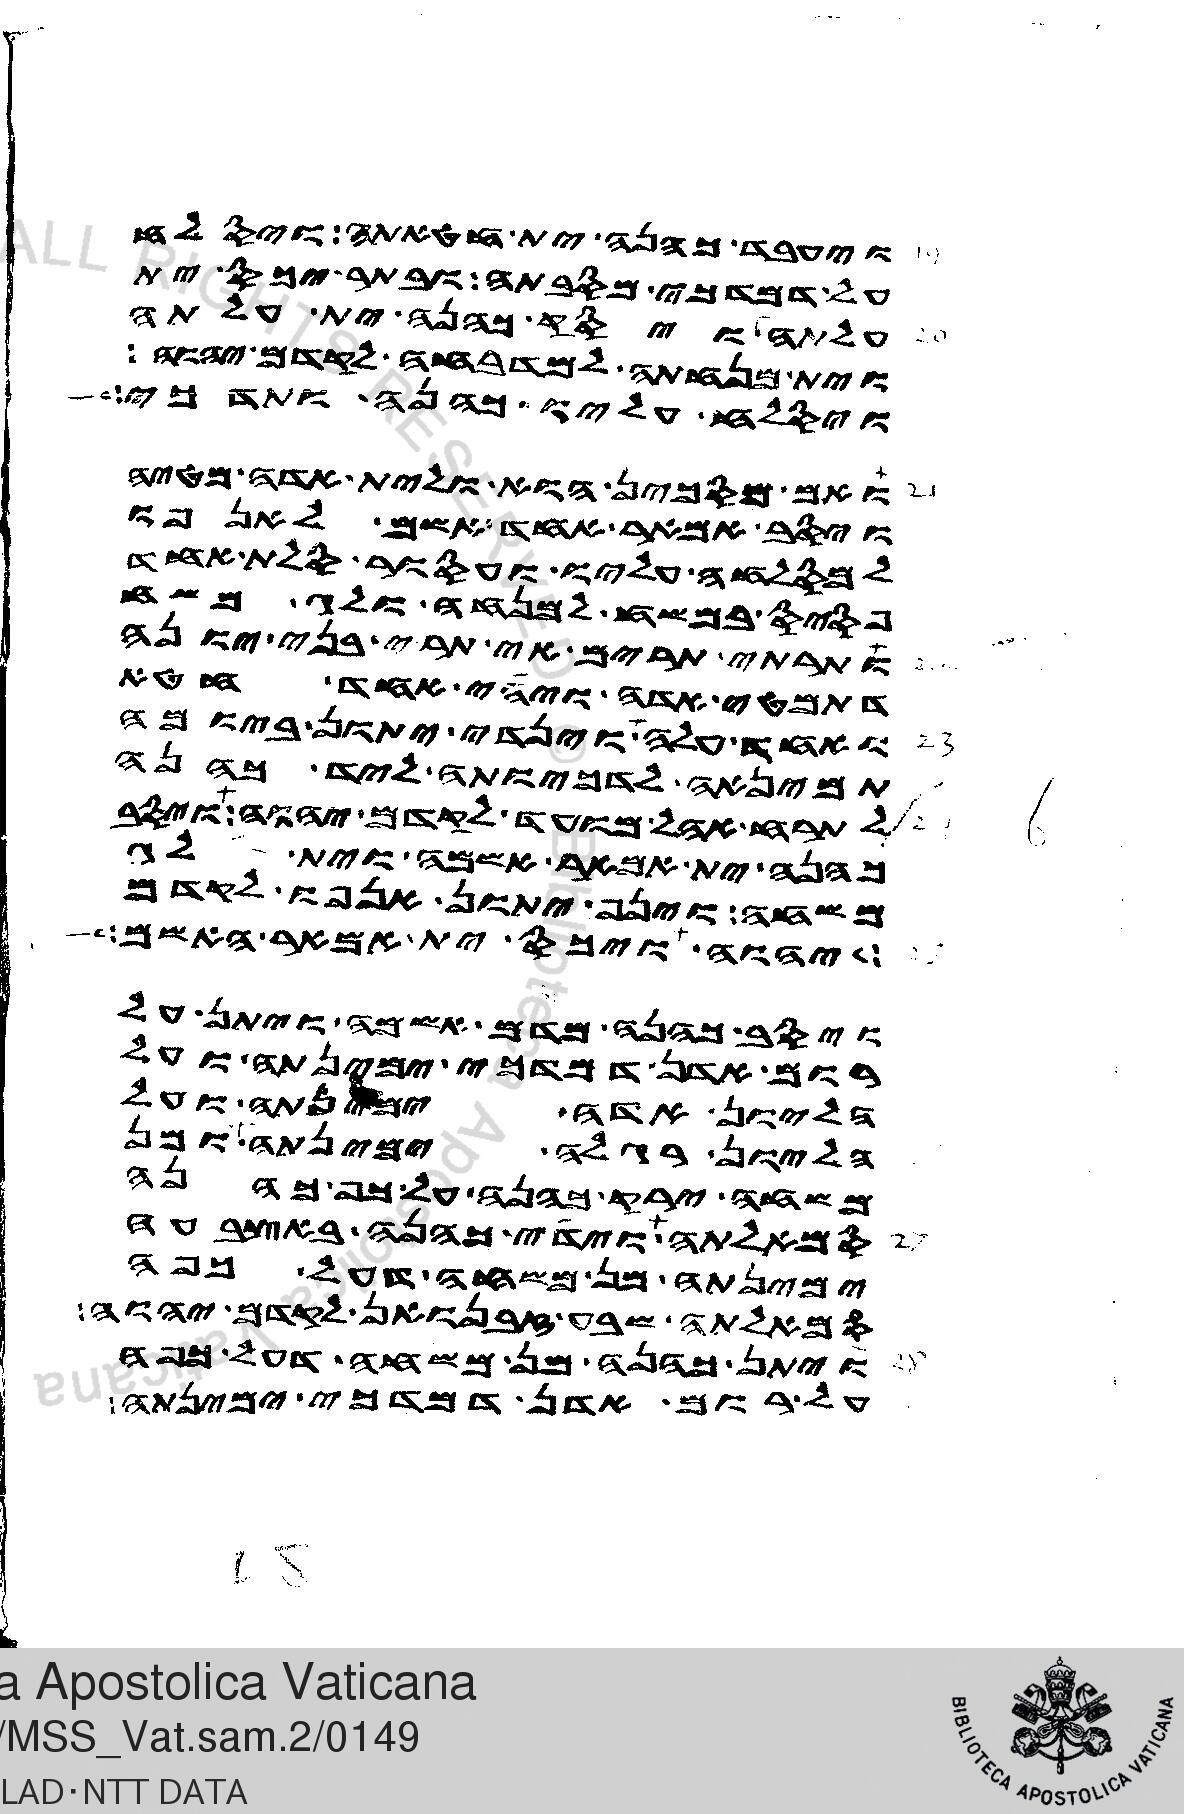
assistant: ויעבד כהנה ית חטאתה ויסלח
על דמדכי מסבתה ובתר יכס ית
עלתה ויסק כהנה ית עלתה
וית מנחתה למדבחה לקדם יהוה
ויסלח עליו כהנה ותדכי
ואם מסכין הוא ולית אדה מטיה
ויסב אמאר אחד אשם לאנפו
למסלחה עליו ועסור סלת אחד
פסיס במשח למנחה ולג משח
ותרתי תרים אי תרי בני יונה
דתמטי אדה ויהי אחד חטא
ואחד עלה וינדי יתון ביומה
תמינאה לדכיותה ליד כהנה
לתרח אהל מועד לקדם יהוה ויסב
כהנה ית אמאר אשמה וית לג
משחה וינף יתון אנפו לקדם
יהוה ויכס ית אמאר האשם
ויסב כהנה מדם אשמה ויתן על
רום אדן דמדכי ימינתה ועל
הליון אדה ימינתה ועל
הליון רגלה ימינתה ומן
משחה ירק כהנה על כף כהנה
סמאלתה וידי כהנה באצבעה
ימינתה מן משחה דעל כפה
סמאלתה שבע זבנואן לקדם יהוה
ויתן כהנה מן משחה דעל כפה
על רום אדן דמדכי ימינתה